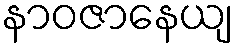
နာဝဇာနေယျ